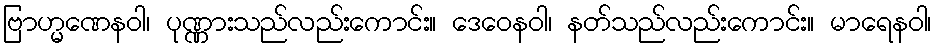
ဗြာဟ္မဏေနဝါ၊ ပုဏ္ဏားသည်လည်းကောင်း။ ဒေဝေနဝါ၊ နတ်သည်လည်းကောင်း။ မာရေနဝါ၊